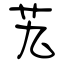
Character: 艽